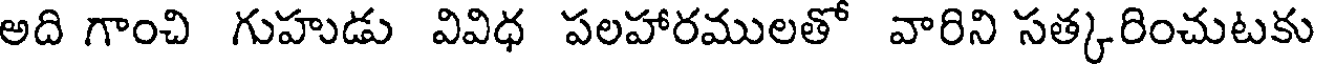
అది గాంచి గుహుడు వివిధ పలహారములతో వారిని సత్కరించుటకు